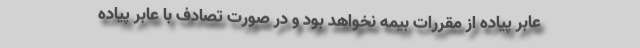
عابر پیاده از مقررات بیمه نخواهد بود و در صورت تصادف با عابر پیاده